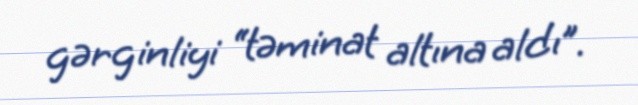
gərginliyi “təminat altına aldı”.